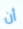
أن